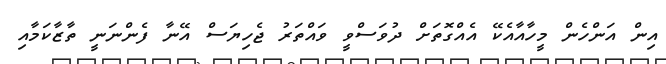
އިން އަންހެން މީހާއާއެކޭ އެއްގޮތަށް ދުވަސްވީ ވައްތަރު ޖެހިޔަސް އޭނާ ފެންނަނީ ތާޒާކަމާއި